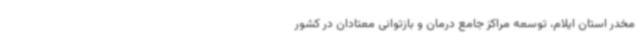
مخدر استان ایلام، توسعه مراکز جامع درمان و بازتوانی معتادان در کشور